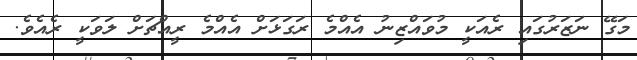
މަގޭ ނަޒަރުގައި ރެއަކީ މުވައްޒިނު އެއްމެ ރަގަޅަށް އެެއްމެ ރީއްޗަށް ލަވަކީ ރެއެވެ.